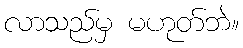
လာသည်မှ မဟုတ်ဘဲ။